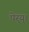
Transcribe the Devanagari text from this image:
पेर्‍य्।